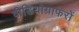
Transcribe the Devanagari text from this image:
वीडियोग्राफरों